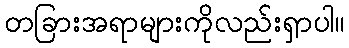
တခြားအရာများကိုလည်းရှာပါ။